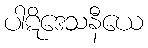
ပါဋိဒေသနီယေ